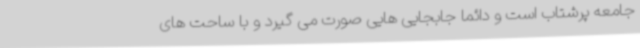
جامعه پرشتاب است و دائما جابجایی هایی صورت می گیرد و با ساحت های